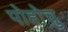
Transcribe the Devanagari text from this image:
पोहोचु